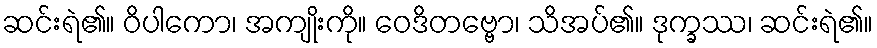
ဆင်းရဲ၏။ ဝိပါကော၊ အကျိုးကို။ ဝေဒိတဗ္ဗော၊ သိအပ်၏။ ဒုက္ခဿ၊ ဆင်းရဲ၏။